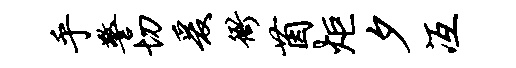
乎警切爰衙茵炬夕冱